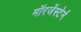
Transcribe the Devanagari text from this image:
मॉरजेंस्टेर्न